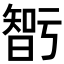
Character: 𭧝